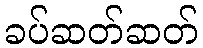
ခပ်ဆတ်ဆတ်